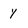
Character: y